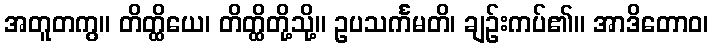
အတူတကွ။ တိတ္ထိယေ၊ တိတ္ထိတို့သို့။ ဥပသင်္ကမတိ၊ ချဉ်းကပ်၏။ အာဒိတောဝ၊